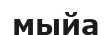
мыйа